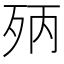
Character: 𣧰